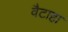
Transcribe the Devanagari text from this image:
वैटाहा